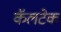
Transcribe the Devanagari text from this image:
कॅलटेक